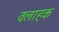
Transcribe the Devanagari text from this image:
वलाहक